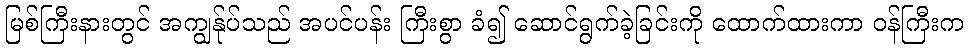
မြစ်ကြီးနားတွင် အကျွန်ုပ်သည် အပင်ပန်း ကြီးစွာ ခံ၍ ဆောင်ရွက်ခဲ့ခြင်းကို ထောက်ထားကာ ဝန်ကြီးက